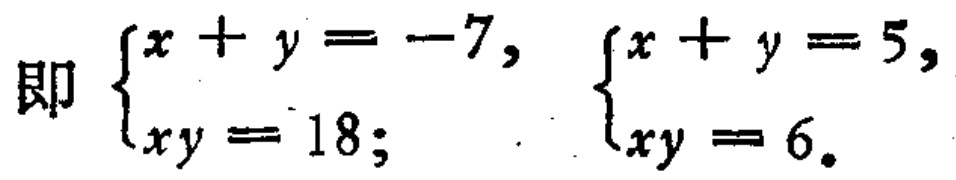
即 $\begin{cases}x + y = -7, \\xy = 18;\end{cases}$ $\begin{cases}x + y = 5, \\xy = 6.\end{cases}$